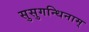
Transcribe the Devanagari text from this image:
सुसुगन्धिनाम्